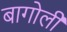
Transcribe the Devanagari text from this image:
बागोली